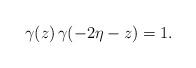
LaTeX: \begin{align*} \gamma(z)\,\gamma(-2\eta-z) = 1.\end{align*}